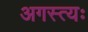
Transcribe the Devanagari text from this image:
अगस्त्यः